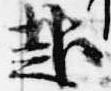
赴